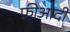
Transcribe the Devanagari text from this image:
फ़्रीआदीं